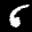
Label: 6